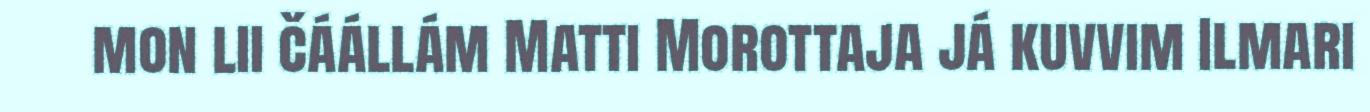
mon lii čáállám Matti Morottaja já kuvvim Ilmari